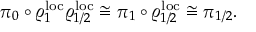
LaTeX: \pi _ { 0 } \circ \varrho _ { 1 } ^ { \mathrm { l o c } } \varrho _ { 1 / 2 } ^ { \mathrm { l o c } } \cong \pi _ { 1 } \circ \varrho _ { 1 / 2 } ^ { \mathrm { l o c } } \cong \pi _ { 1 / 2 } .